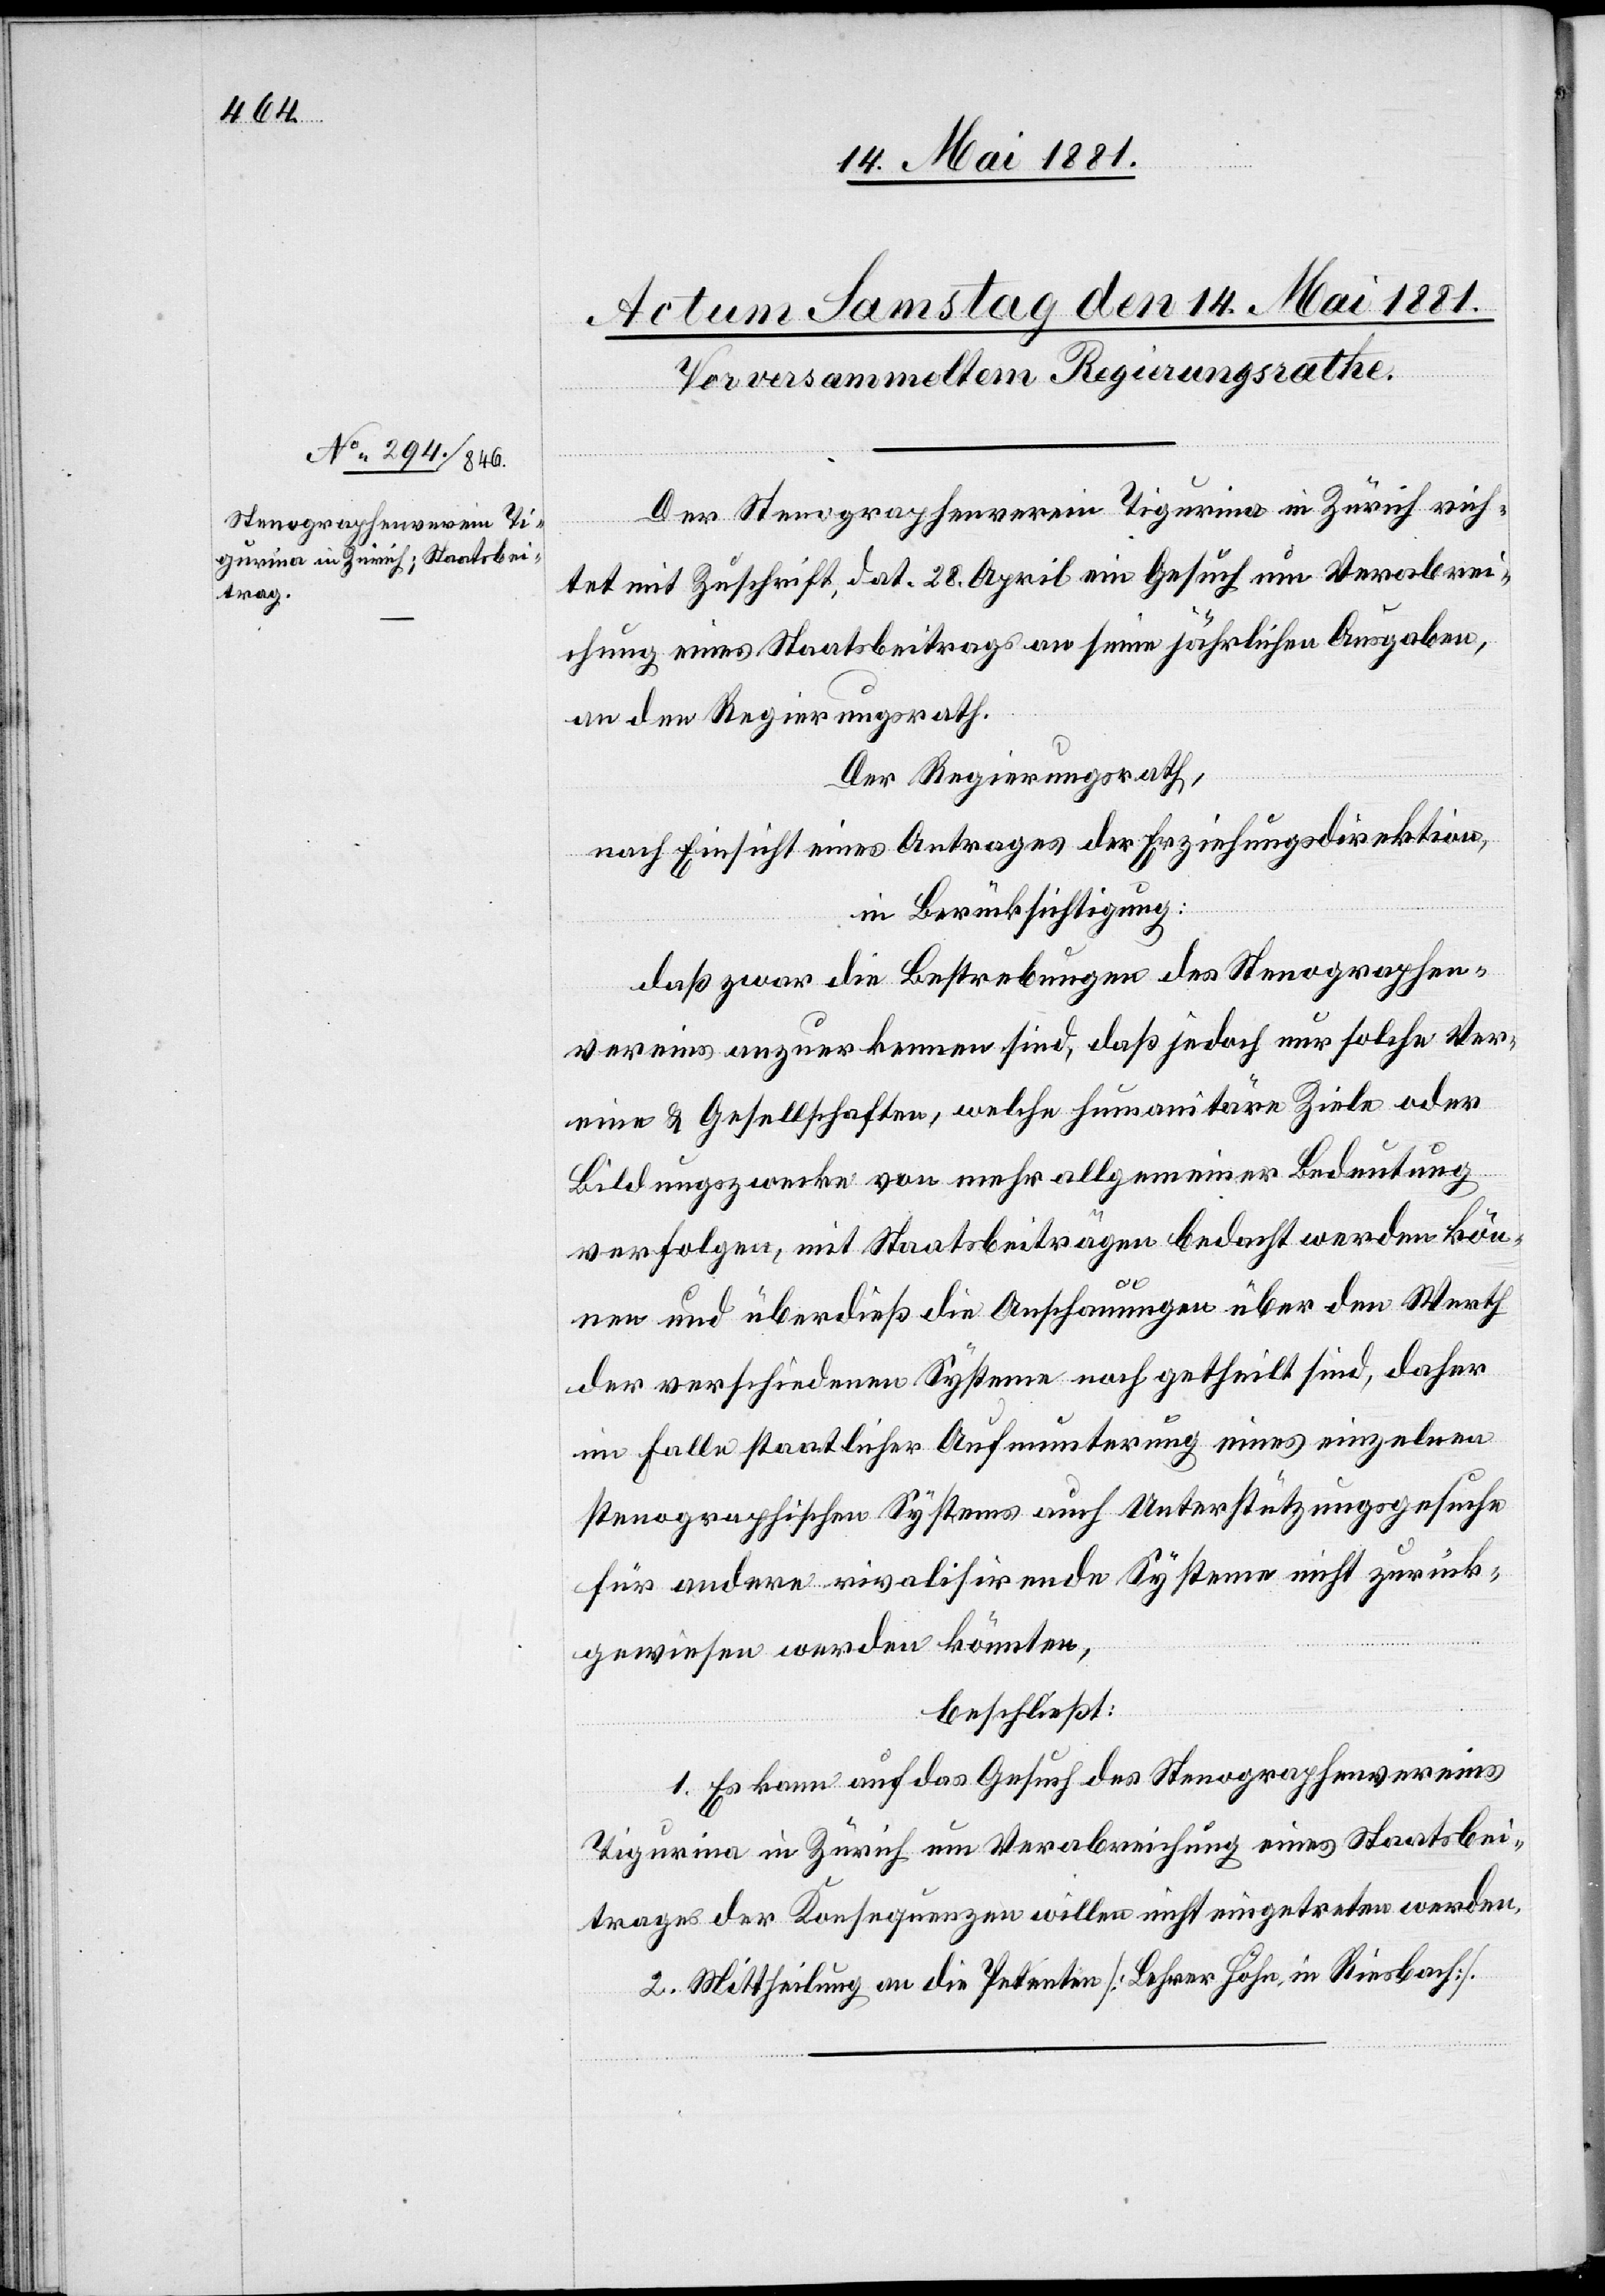
Der Stenographenverein Tigurina in Zürich rich¬
tet mit Zuschrift, dat. 28. April ein Gesuch um Verabrei¬
chung eines Staatsbeitrages an seine jährlichen Ausgaben,
an den Regierungsrath.
Der Regierungsrath,
nach Einsicht eines Antrages der Erziehungsdirektion,
in Berücksichtigung:
daß zwar die Bestrebungen des Stenographen¬
vereins anzuerkennen sind, daß jedoch nur solche Ver¬
eine & Gesellschaften, welche humanitäre Ziele oder
Bildungszwecke von mehr allgemeiner Bedeutung
verfolgen, mit Staatsbeiträgen bedacht werden kön¬
nen und überdieß die Anschauungen über den Werth
der verschiedenen Systeme noch getheilt sind, daher
im Falle staatlicher Aufmunterung eines einzelnen
stenographischen Systems auch Unterstützungsgesuche
für andere rivalisirende Systeme nicht zurück¬
gewiesen werden könnten,
beschließt:
1. Es kann auf das Gesuch des Stenographenvereins
Tigurina in Zürich um Verabreichung eines Staatsbei¬
trages der Konsequenzen willen nicht eingetreten werden.
2. Mittheilung an die Petentin [Lehrer Höhn, in Riesbach].